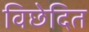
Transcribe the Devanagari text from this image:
विछेदित